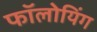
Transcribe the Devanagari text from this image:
फॉलोयिंग